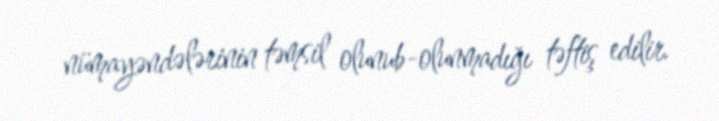
nümayəndələrinin təmsil olunub-olunmadığı təftiş edilir.